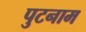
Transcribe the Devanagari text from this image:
पुटनाम